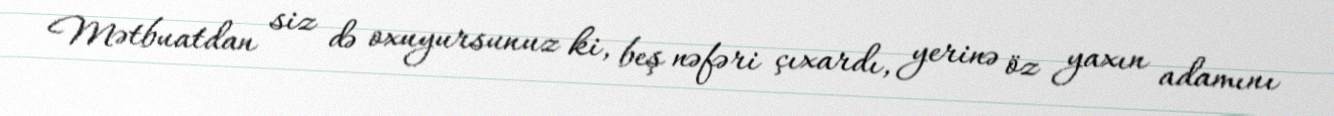
Mətbuatdan siz də oxuyursunuz ki, beş nəfəri çıxardı, yerinə öz yaxın adamını